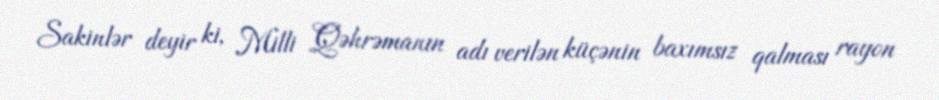
Sakinlər deyir ki, Milli Qəhrəmanın adı verilən küçənin baxımsız qalması rayon